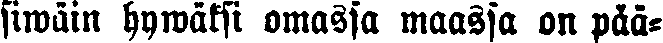
siwäin hywäksi omassa maassa on pää-